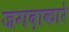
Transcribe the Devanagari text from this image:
जगदाकारे